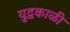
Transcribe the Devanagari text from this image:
युद्धकाळी